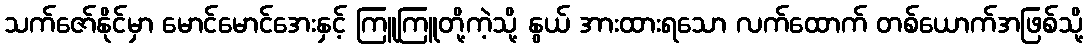
သက်ဇော်နိုင်မှာ မောင်မောင်အေးနှင့် ကြူကြူတို့ကဲ့သို့ နွယ် အားထားရသော လက်ထောက် တစ်ယောက်အဖြစ်သို့